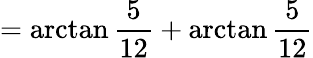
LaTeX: =\arctan{\frac{5}{12}}+\arctan{\frac{5}{12}}